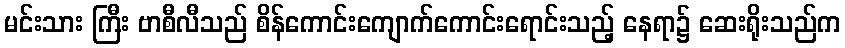
မင်းသား ကြီး ဗာစီလီသည် စိန်ကောင်းကျောက်ကောင်းရောင်းသည့် နေရာ၌ ဆေးရိုးသည်က